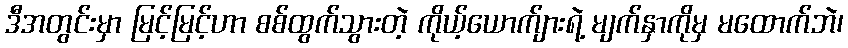
ဒီအတွင်းမှာ မြင့်မြင့်ဟာ စစ်ထွက်သွားတဲ့ ကိုယ့်ယောက်ျားရဲ့ မျက်နှာကိုမှ မထောက်ဘဲ၊